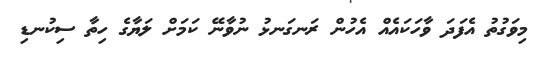
މިވަގުތު އެފަދަ ވާހަކައެއް އެހުން ރަނގަނޅު ނުވާނޭ ކަމަށް ލަޔާގެ ހިތާ ސިކުނޑި